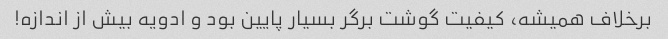
برخلاف همیشه، کیفیت گوشت برگر بسیار پایین بود و ادویه بیش از اندازه!